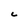
Character: C